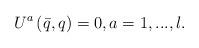
LaTeX: \begin{align*}U^{a}\left( \bar{q},q\right) =0,a=1,...,l.\end{align*}